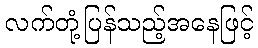
လက်တုံ့ပြန်သည့်အနေဖြင့်